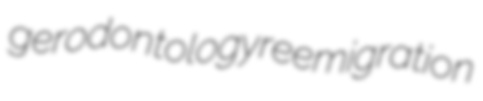
gerodontology reemigration